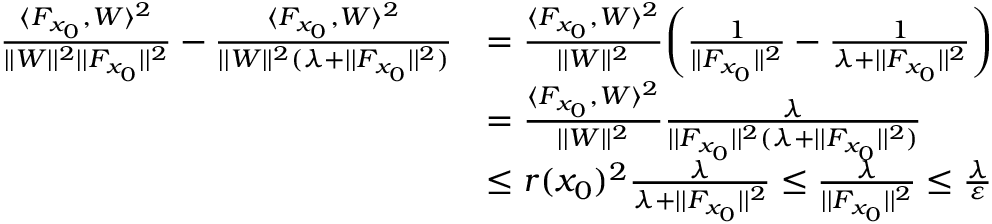
\begin{array} { r l } { \frac { \langle F _ { x _ { 0 } } , W \rangle ^ { 2 } } { | | W | | ^ { 2 } | | F _ { x _ { 0 } } | | ^ { 2 } } - \frac { \langle F _ { x _ { 0 } } , W \rangle ^ { 2 } } { | | W | | ^ { 2 } ( \lambda + | | F _ { x _ { 0 } } | | ^ { 2 } ) } } & { = \frac { \langle F _ { x _ { 0 } } , W \rangle ^ { 2 } } { | | W | | ^ { 2 } } \bigg ( \frac { 1 } { | | F _ { x _ { 0 } } | | ^ { 2 } } - \frac { 1 } { \lambda + | | F _ { x _ { 0 } } | | ^ { 2 } } \bigg ) } \\ & { = \frac { \langle F _ { x _ { 0 } } , W \rangle ^ { 2 } } { | | W | | ^ { 2 } } \frac { \lambda } { | | F _ { x _ { 0 } } | | ^ { 2 } ( \lambda + | | F _ { x _ { 0 } } | | ^ { 2 } ) } } \\ & { \leq r ( x _ { 0 } ) ^ { 2 } \frac { \lambda } { \lambda + | | F _ { x _ { 0 } } | | ^ { 2 } } \leq \frac { \lambda } { | | F _ { x _ { 0 } } | | ^ { 2 } } \leq \frac { \lambda } { \varepsilon } } \end{array}